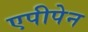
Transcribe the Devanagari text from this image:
एपीपेन